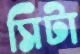
সিটা